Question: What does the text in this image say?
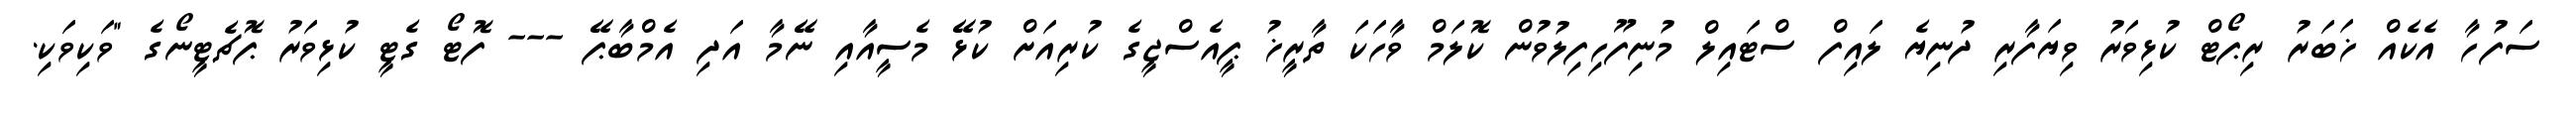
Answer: ސަފުހާ އެކެއް ޚަބަރު ރިޕޯޓް ކުޅިވަރު ވިޔަފާރި ދުނިޔެ ލައިފް ސްޓައިލް މުނިފޫހިފިލުވުން ކޮލަމް ވާހަކަ ތާރީޚު ޕީއެސްޖީގެ ކުރިއަށް ކުޅޭ މެސީއާއި ނޭމާ އަދި އެމްބާޕޭ --- ފޮޓޯ ގެޓީ ކުޅިވަރު ޕޮޗެޓީނޯގެ "ވަކިވަކި.